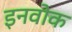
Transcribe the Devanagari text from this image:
इनवोक